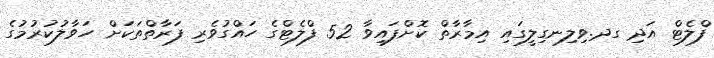
ފްލެޓް އަދި ގދ.ވިލިނގިލީގައި އިމާރާތް ކޮށްފައިވާ 52 ފްލެޓްގެ ހައްގުވެރި ފަރާތްތަކަށް ހަވާލުކުރުމުގެ